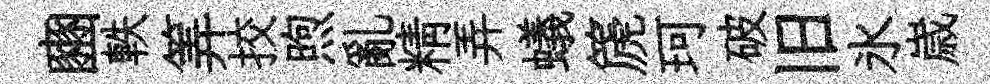
豳軼筭挍煦亂精弄蟻篪珂破旧氷𡻕